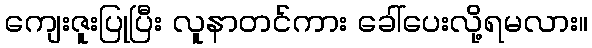
ကျေးဇူးပြုပြီး လူနာတင်ကား ခေါ်ပေးလို့ရမလား။